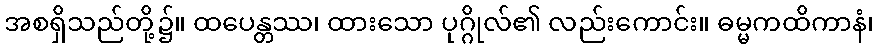
အစရှိသည်တို့၌။ ထပေန္တဿ၊ ထားသော ပုဂ္ဂိုလ်၏ လည်းကောင်း။ ဓမ္မကထိကာနံ၊